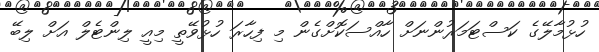
ހުޅުމާލޭގެ ކަސްޓަމަރުންނަށް ހާއްސަކޮށްގެން މި ފިހާރަ ހުޅުވޭތީ މިއީ ލިންޓެލް އަށް ލިބޭ